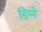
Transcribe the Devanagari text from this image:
डिप्पे